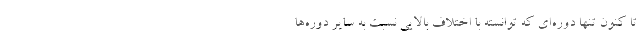
تا کنون تنها دوره‌ای که توانسته با اختلاف بالایی نسبت به سایر دوره‌ها